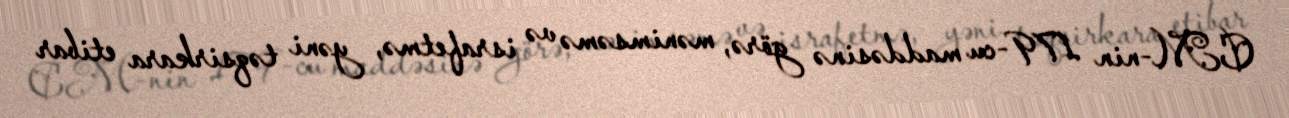
CM-nin 179-cu maddəsinə görə, mənimsəmə və israfetmə, yəni təqsirkara etibar